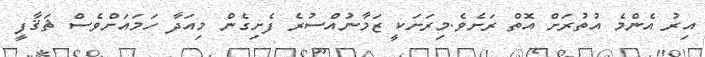
އިރު އެންމެ އުތުރަށް އޮތް ރަށެވެ.މިރަށަކީ ޒަމާނުއްސުރެ ފެށިގެން މިއަދާ ހަމައަށްވެސް ޘަޤާފީ